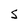
Character: S